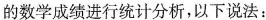
的数学成绩进行统计分析，以下说法：